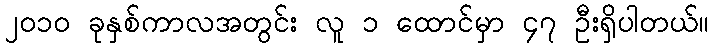
၂၀၁၀ ခုနှစ်ကာလအတွင်း လူ ၁ ထောင်မှာ ၄၇ ဦးရှိပါတယ်။